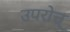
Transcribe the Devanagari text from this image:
उपरोत्त्